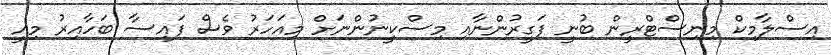
އިސްލާމިކް މިނިސްޓްރީން ބުނީ ފަގީރުންނާއި މިސްކީނުންނަށް މިއަހަރު ވެސް ފައިސާ ބަހާއިރު މިއީ